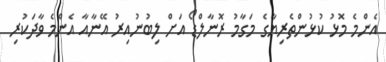
އެންމެ މޮޅު ކުޅުންތެރިޔާގެ މަގާމު ރޮނާލްޑޯ އަށް ލިބުނުއިރު އޭނާއާ އެންމެ ވާދަކުރި